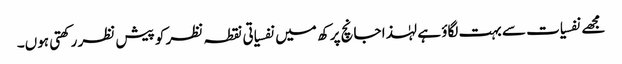
مجھے نفسیات سے بہت لگاؤ ہے لہٰذا جانچ پرکھ میں نفسیاتی نقطہ نظر کو پیش نظر رکھتی ہوں۔